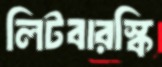
লিটবারস্কি